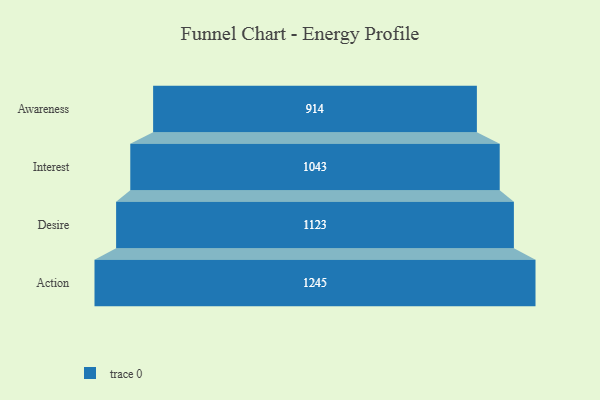
{"axis": {"x": "Stage", "y": "Value"}, "legend": [""], "data": [{"x": "Awareness", "y": 914.0, "type": ""}, {"x": "Interest", "y": 1043.0, "type": ""}, {"x": "Desire", "y": 1123.0, "type": ""}, {"x": "Action", "y": 1245.0, "type": ""}]}